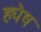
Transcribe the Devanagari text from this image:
ह्येष